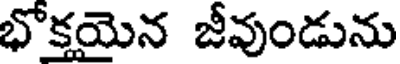
భోక్తయైన జీవుండును